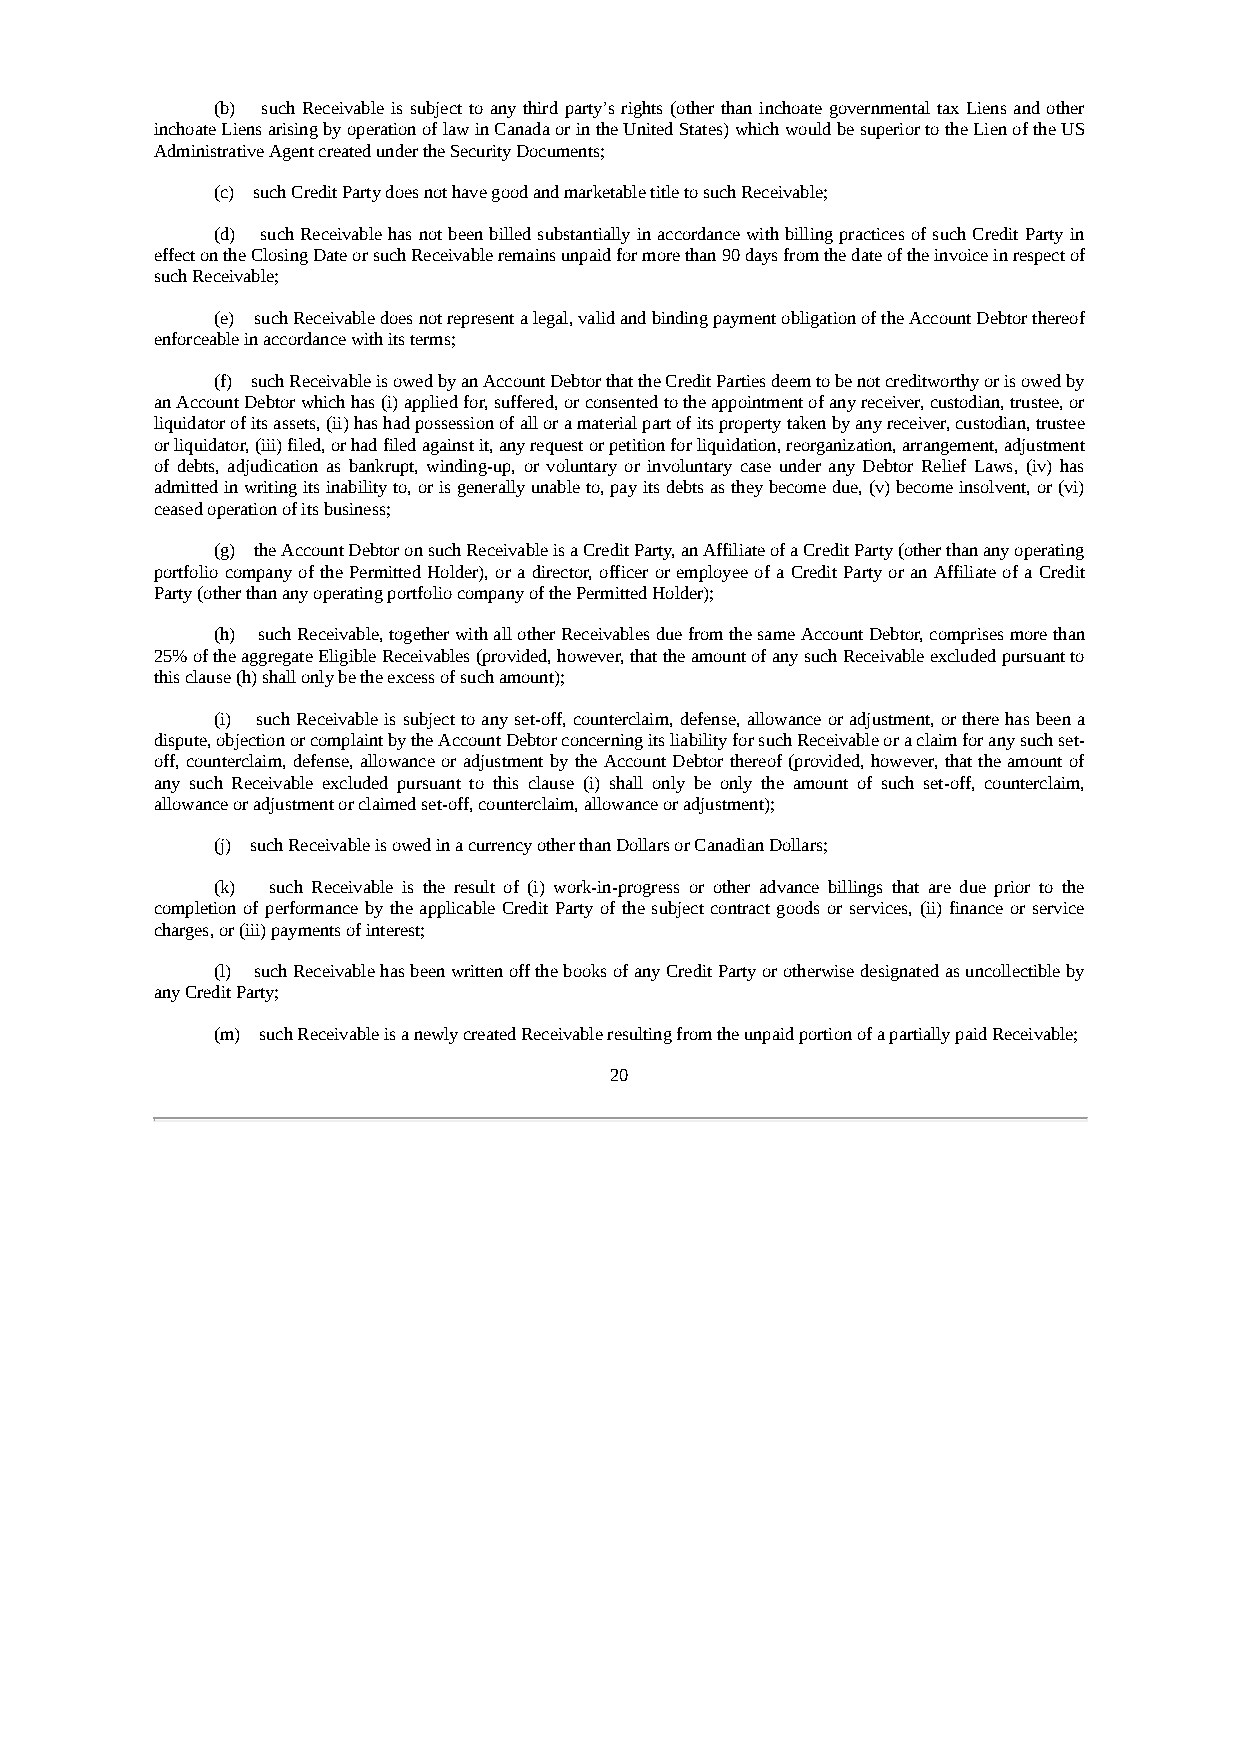
(b) such Receivable is subject to any third party’s rights (other than inchoate governmental tax Liens and other
 inchoate Liens arising by operation of law in Canada or in the United States) which would be superior to the Lien of the US
 Administrative Agent created under the Security Documents;
 (c) such Credit Party does not have good and marketable title to such Receivable;
 (d) such Receivable has not been billed substantially in accordance with billing practices of such Credit Party in
 effect on the Closing Date or such Receivable remains unpaid for more than 90 days from the date of the invoice in respect of
 such Receivable;
 (e) such Receivable does not represent a legal, valid and binding payment obligation of the Account Debtor thereof
 enforceable in accordance with its terms;
 (f) such Receivable is owed by an Account Debtor that the Credit Parties deem to be not creditworthy or is owed by
 an Account Debtor which has (i) applied for, suffered, or consented to the appointment of any receiver, custodian, trustee, or
 liquidator of its assets, (ii) has had possession of all or a material part of its property taken by any receiver, custodian, trustee
 or liquidator, (iii) filed, or had filed against it, any request or petition for liquidation, reorganization, arrangement, adjustment
 of debts, adjudication as bankrupt, winding-up, or voluntary or involuntary case under any Debtor Relief Laws, (iv) has
 admitted in writing its inability to, or is generally unable to, pay its debts as they become due, (v) become insolvent, or (vi)
 ceased operation of its business;
 (g) the Account Debtor on such Receivable is a Credit Party, an Affiliate of a Credit Party (other than any operating
 portfolio company of the Permitted Holder), or a director, officer or employee of a Credit Party or an Affiliate of a Credit
 Party (other than any operating portfolio company of the Permitted Holder);
 (h) such Receivable, together with all other Receivables due from the same Account Debtor, comprises more than
 25% of the aggregate Eligible Receivables (provided, however, that the amount of any such Receivable excluded pursuant to
 this clause (h) shall only be the excess of such amount);
 (i) such Receivable is subject to any set-off, counterclaim, defense, allowance or adjustment, or there has been a
 dispute, objection or complaint by the Account Debtor concerning its liability for such Receivable or a claim for any such set-
 off, counterclaim, defense, allowance or adjustment by the Account Debtor thereof (provided, however, that the amount of
 any such Receivable excluded pursuant to this clause (i) shall only be only the amount of such set-off, counterclaim,
 allowance or adjustment or claimed set-off, counterclaim, allowance or adjustment);
 (j) such Receivable is owed in a currency other than Dollars or Canadian Dollars;
 (k) such Receivable is the result of (i) work-in-progress or other advance billings that are due prior to the
 completion of performance by the applicable Credit Party of the subject contract goods or services, (ii) finance or service
 charges, or (iii) payments of interest;
 (l) such Receivable has been written off the books of any Credit Party or otherwise designated as uncollectible by
 any Credit Party;
 (m) such Receivable is a newly created Receivable resulting from the unpaid portion of a partially paid Receivable;
 20